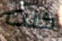
كنت